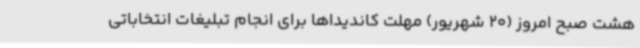
هشت صبح امروز (20 شهریور) مهلت کاندیداها برای انجام تبلیغات انتخاباتی